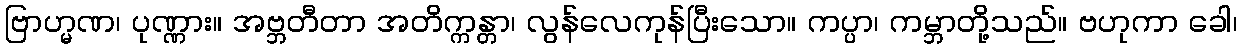
ဗြာဟ္မဏ၊ ပုဏ္ဏား။ အဗ္ဘတီတာ အတိက္ကန္တာ၊ လွန်လေကုန်ပြီးသော။ ကပ္ပာ၊ ကမ္ဘာတို့သည်။ ဗဟုကာ ခေါ၊